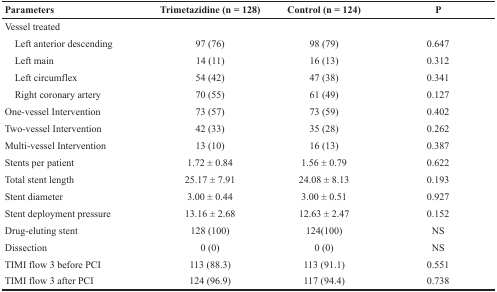
| Parameters | Trimetazidine (n = 128) | Control (n = 124) | P |
 | --- | --- | --- | --- |
 | Vessel treated |  |  |  |
 | Left anterior descending | 97 (76) | 98 (79) | 0.647 |
 | Left main | 14 (11) | 16 (13) | 0.312 |
 | Left circumflex | 54 (42) | 47 (38) | 0.341 |
 | Right coronary artery | 70 (55) | 61 (49) | 0.127 |
 | One-vessel Intervention | 73 (57) | 73 (59) | 0.402 |
 | Two-vessel Intervention | 42 (33) | 35 (28) | 0.262 |
 | Multi-vessel Intervention | 13 (10) | 16 (13) | 0.387 |
 | Stents per patient | 1.72 ± 0.84 | 1.56 ± 0.79 | 0.622 |
 | Total stent length | 25.17 ± 7.91 | 24.08 ± 8.13 | 0.193 |
 | Stent diameter | 3.00 ± 0.44 | 3.00 ± 0.51 | 0.927 |
 | Stent deployment pressure | 13.16 ± 2.68 | 12.63 ± 2.47 | 0.152 |
 | Drug-eluting stent | 128 (100) | 124(100) | NS |
 | Dissection | 0 (0) | 0 (0) | NS |
 | TIMI flow 3 before PCI | 113 (88.3) | 113 (91.1) | 0.551 |
 | TIMI flow 3 after PCI | 124 (96.9) | 117 (94.4) | 0.738 |